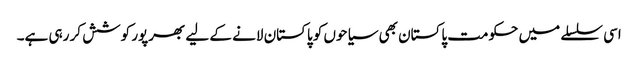
اسی سلسلے میں حکومت پاکستان بھی سیاحوں کو پاکستان لانے کے لیے بھرپور کوشش کر رہی ہے۔